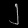
Digit: ၂